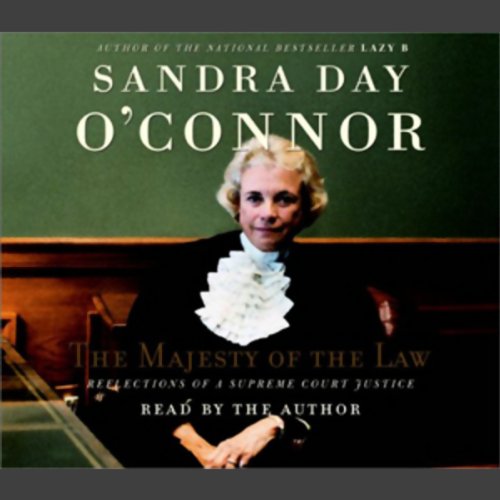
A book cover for The Majesty of the Law: Reflections of a Supreme Court Justice; Sandra Day O'Connor; Politics & Social Sciences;